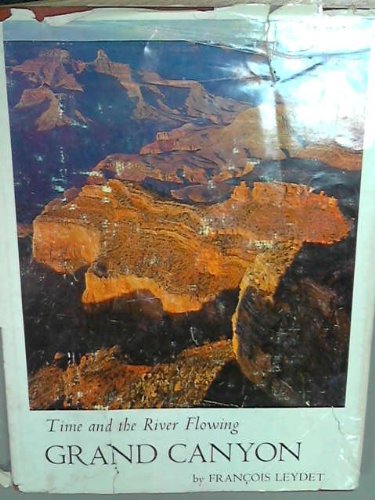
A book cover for Time and the River Flowing: Grand Canyon; Francois Leydet; Travel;